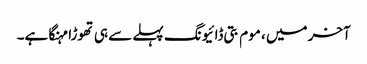
آخر میں ، موم بتی ڈائیونگ پہلے سے ہی تھوڑا مہنگا ہے۔